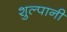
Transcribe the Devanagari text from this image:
शुल्पानी